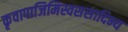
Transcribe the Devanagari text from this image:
कृवापाजिमिस्वससादिभ्य